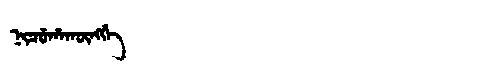
Manchu: ᠨᡳᠴᡠᡥᠠᡴᡡᠩᡤᡝ
Romanization: NICUHAKŪNGGE